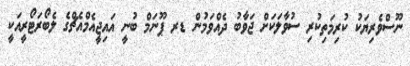
ނޫސްވެރިޔަކު ކުރިމަތިކުރި ސުވާލަކަށް ޖަވާބު ދެއްވަމުން ޑރ ޕޫނަމް ބުނީ އައިޖީއެމްއެޗްގެ ލެބޯރަޓޯރީއަކީ